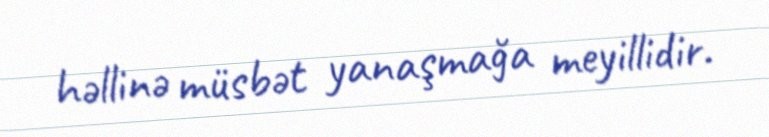
həllinə müsbət yanaşmağa meyillidir.